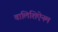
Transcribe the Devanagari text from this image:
वालिशिऐनम